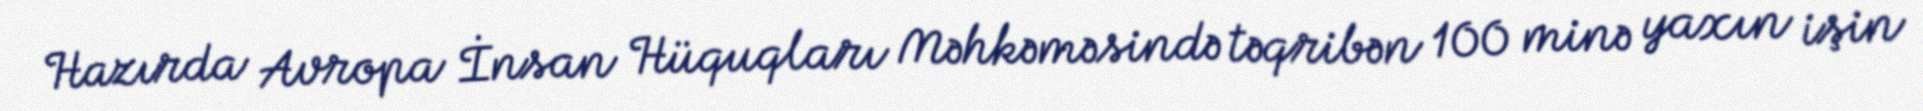
Hazırda Avropa İnsan Hüquqları Məhkəməsində təqribən 100 minə yaxın işin